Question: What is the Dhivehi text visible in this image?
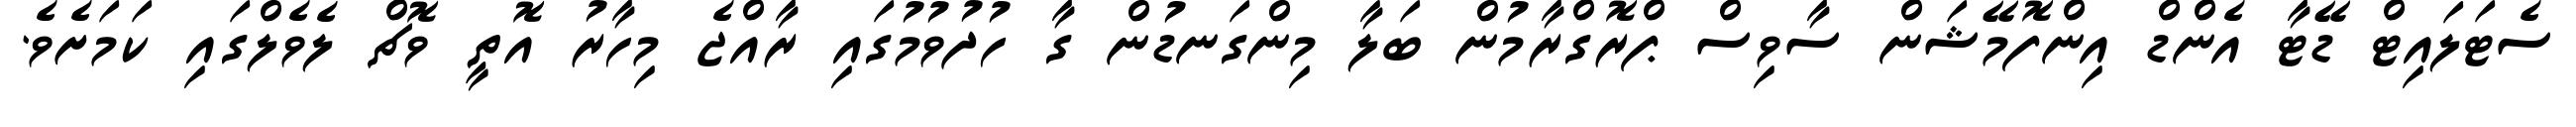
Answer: ސެޓަލައިޓް ޑޭޓާ އެންޑް އިންފޮމޭޝަން ސާވިސް ޕްރޮގްރާމުން ބަލާ މިންގަނޑުން ގާ ހުދުވުމުގައި ރާއްޖެ މިހާރު އޮތީ ވޮޗް ލެވެލްގައި ކަމަށެވެ.